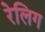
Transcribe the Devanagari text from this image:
रेलिग